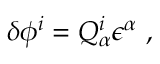
\delta \phi ^ { i } = Q _ { \alpha } ^ { i } \epsilon ^ { \alpha } \ ,